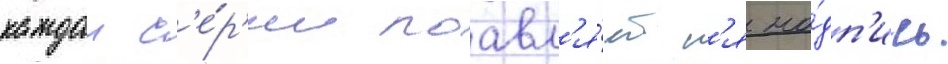
каждои с'е́р'ии поавл'я́етс'я на́дп'ись